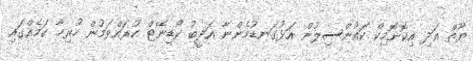
ޔޫތް އަދި އިކޮނޮމިކް ކައުންސިލުން އަޅުގަނޑުމެންނާ އަދީބު ކޯޑިނޭޓް ކުރައްވަމުން ހުރިހާ ކަމެއްގައި